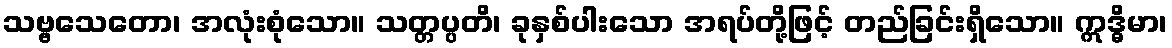
သဗ္ဗသေတော၊ အလုံးစုံသော။ သတ္တပ္ပတိ၊ ခုနှစ်ပါးသော အရပ်တို့ဖြင့် တည်ခြင်းရှိသော။ ဣဒ္ဓိမာ၊